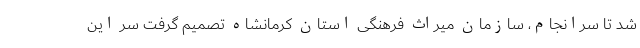
شد تا سرانجام، سازمان میراث فرهنگی استان کرمانشاه تصمیم گرفت سر این